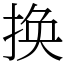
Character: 换